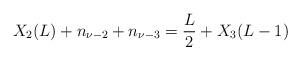
LaTeX: \begin{align*}X_2(L)+n_{\nu-2}+n_{\nu-3}=\frac{L}{2}+X_3(L-1)\end{align*}